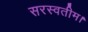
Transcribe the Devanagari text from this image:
सरस्वतीम।